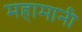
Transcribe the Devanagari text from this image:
महामानी